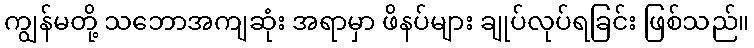
ကျွန်မတို့ သဘောအကျဆုံး အရာမှာ ဖိနပ်များ ချုပ်လုပ်ရခြင်း ဖြစ်သည်။